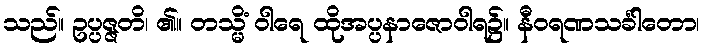
သည်။ ဥပ္ပဇ္ဇတိ၊ ၏။ တသ္မိံ ဝါရေ ထိုအပ္ပနာဇောဝါရ၌။ နီဝရဏသင်္ခါတော၊